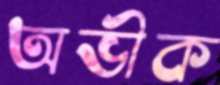
অভীক